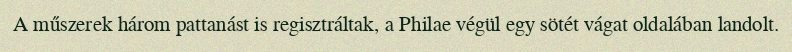
A műszerek három pattanást is regisztráltak, a Philae végül egy sötét vágat oldalában landolt.